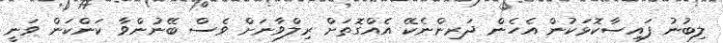
ލިބުނު ފައިސާކޮޅަކުން އެހެން ދަރިންނެކޭ އެއްގޮތަށް ރިލްވާނަށް ވެސް ބޭނުންވާ ކަންކަން ވަނީ